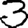
Digit: 3